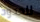
للحدود